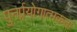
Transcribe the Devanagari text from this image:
पुनर्प्रयोगात्मकता